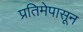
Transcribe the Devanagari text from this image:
प्रतिमेपासून